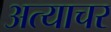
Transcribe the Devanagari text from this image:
अत्याचर